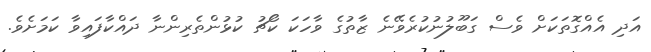
އަދި އެއްގޮތަކަށް ވެސް ގަބޫލުނުކުރެވޭނެ ޒާތުގެ ވާހަކަ ކޯޗު ކުޅުންތެރިންނާ ދައްކާފައިވާ ކަމަށެވެ.